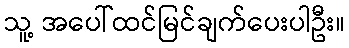
သူ့ အပေါ်ထင်မြင်ချက်ပေးပါဦး။